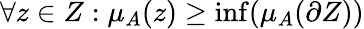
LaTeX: \forall z\in Z:\mu_{A}(z)\geq\operatorname*{inf}(\mu_{A}(\partial{Z}))